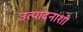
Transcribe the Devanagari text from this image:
उत्पादनांशी